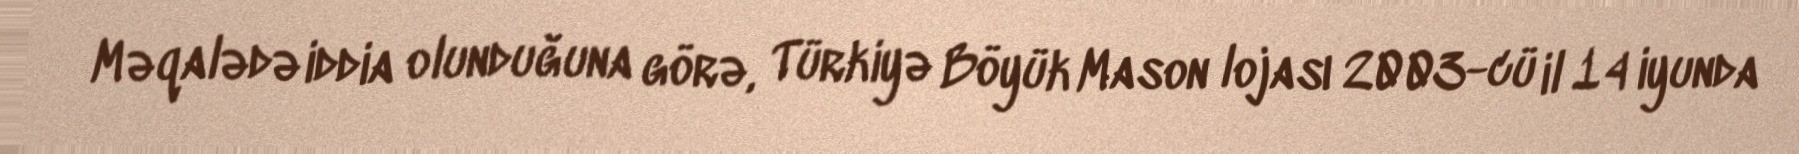
Məqalədə iddia olunduğuna görə, Türkiyə Böyük Mason lojası 2003-cü il 14 iyunda